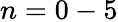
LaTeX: n=0-5